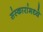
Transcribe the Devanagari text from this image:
संस्कारांमध्ये